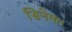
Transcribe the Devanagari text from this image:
सिनेमा।